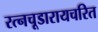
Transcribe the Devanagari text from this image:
रत्नचूडारायचरित